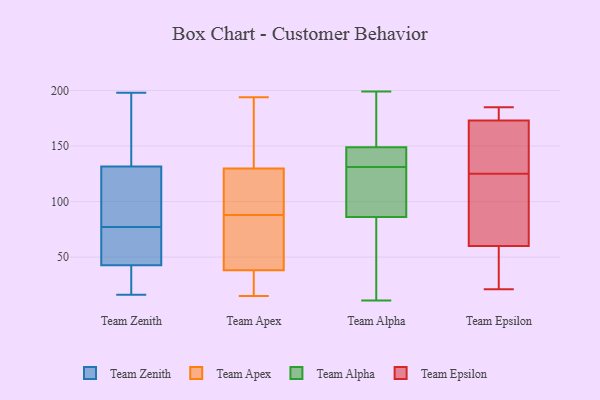
{"axis": {"x": "Churn Rate (%)", "y": "Value"}, "legend": ["Team Alpha", "Team Apex", "Team Epsilon", "Team Zenith"], "data": [{"x": "", "y": 133, "type": "Team Zenith"}, {"x": "", "y": 51, "type": "Team Zenith"}, {"x": "", "y": 130, "type": "Team Zenith"}, {"x": "", "y": 33, "type": "Team Zenith"}, {"x": "", "y": 104, "type": "Team Zenith"}, {"x": "", "y": 155, "type": "Team Zenith"}, {"x": "", "y": 40, "type": "Team Zenith"}, {"x": "", "y": 198, "type": "Team Zenith"}, {"x": "", "y": 123, "type": "Team Zenith"}, {"x": "", "y": 132, "type": "Team Zenith"}, {"x": "", "y": 54, "type": "Team Zenith"}, {"x": "", "y": 77, "type": "Team Zenith"}, {"x": "", "y": 28, "type": "Team Zenith"}, {"x": "", "y": 16, "type": "Team Zenith"}, {"x": "", "y": 72, "type": "Team Zenith"}, {"x": "", "y": 111, "type": "Team Apex"}, {"x": "", "y": 96, "type": "Team Apex"}, {"x": "", "y": 39, "type": "Team Apex"}, {"x": "", "y": 180, "type": "Team Apex"}, {"x": "", "y": 168, "type": "Team Apex"}, {"x": "", "y": 69, "type": "Team Apex"}, {"x": "", "y": 27, "type": "Team Apex"}, {"x": "", "y": 88, "type": "Team Apex"}, {"x": "", "y": 194, "type": "Team Apex"}, {"x": "", "y": 128, "type": "Team Apex"}, {"x": "", "y": 106, "type": "Team Apex"}, {"x": "", "y": 40, "type": "Team Apex"}, {"x": "", "y": 135, "type": "Team Apex"}, {"x": "", "y": 15, "type": "Team Apex"}, {"x": "", "y": 36, "type": "Team Apex"}, {"x": "", "y": 33, "type": "Team Apex"}, {"x": "", "y": 79, "type": "Team Apex"}, {"x": "", "y": 158, "type": "Team Alpha"}, {"x": "", "y": 11, "type": "Team Alpha"}, {"x": "", "y": 92, "type": "Team Alpha"}, {"x": "", "y": 75, "type": "Team Alpha"}, {"x": "", "y": 22, "type": "Team Alpha"}, {"x": "", "y": 45, "type": "Team Alpha"}, {"x": "", "y": 86, "type": "Team Alpha"}, {"x": "", "y": 149, "type": "Team Alpha"}, {"x": "", "y": 131, "type": "Team Alpha"}, {"x": "", "y": 149, "type": "Team Alpha"}, {"x": "", "y": 146, "type": "Team Alpha"}, {"x": "", "y": 149, "type": "Team Alpha"}, {"x": "", "y": 196, "type": "Team Alpha"}, {"x": "", "y": 141, "type": "Team Alpha"}, {"x": "", "y": 122, "type": "Team Alpha"}, {"x": "", "y": 112, "type": "Team Alpha"}, {"x": "", "y": 131, "type": "Team Alpha"}, {"x": "", "y": 199, "type": "Team Alpha"}, {"x": "", "y": 51, "type": "Team Epsilon"}, {"x": "", "y": 125, "type": "Team Epsilon"}, {"x": "", "y": 174, "type": "Team Epsilon"}, {"x": "", "y": 28, "type": "Team Epsilon"}, {"x": "", "y": 21, "type": "Team Epsilon"}, {"x": "", "y": 146, "type": "Team Epsilon"}, {"x": "", "y": 59, "type": "Team Epsilon"}, {"x": "", "y": 36, "type": "Team Epsilon"}, {"x": "", "y": 185, "type": "Team Epsilon"}, {"x": "", "y": 75, "type": "Team Epsilon"}, {"x": "", "y": 154, "type": "Team Epsilon"}, {"x": "", "y": 63, "type": "Team Epsilon"}, {"x": "", "y": 119, "type": "Team Epsilon"}, {"x": "", "y": 182, "type": "Team Epsilon"}, {"x": "", "y": 166, "type": "Team Epsilon"}, {"x": "", "y": 181, "type": "Team Epsilon"}, {"x": "", "y": 170, "type": "Team Epsilon"}, {"x": "", "y": 122, "type": "Team Epsilon"}, {"x": "", "y": 176, "type": "Team Epsilon"}]}